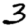
Digit: 3